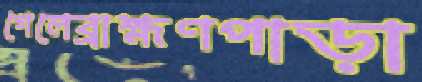
গেলেব্রাহ্মণপাড়া